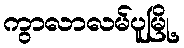
ကွာလာလမ်ပူမြို့